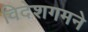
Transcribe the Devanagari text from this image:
विदेशगमने